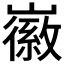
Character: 𡽪